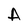
Character: A